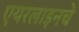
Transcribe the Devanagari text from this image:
एयरलाइनचे